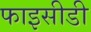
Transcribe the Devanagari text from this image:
फाइसीडी